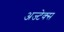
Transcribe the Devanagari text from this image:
अज्टेक्स